Annual report on the mental hospital in the Central Provinces and Berar (Nagpur) - 1927-1951
Year: 1927
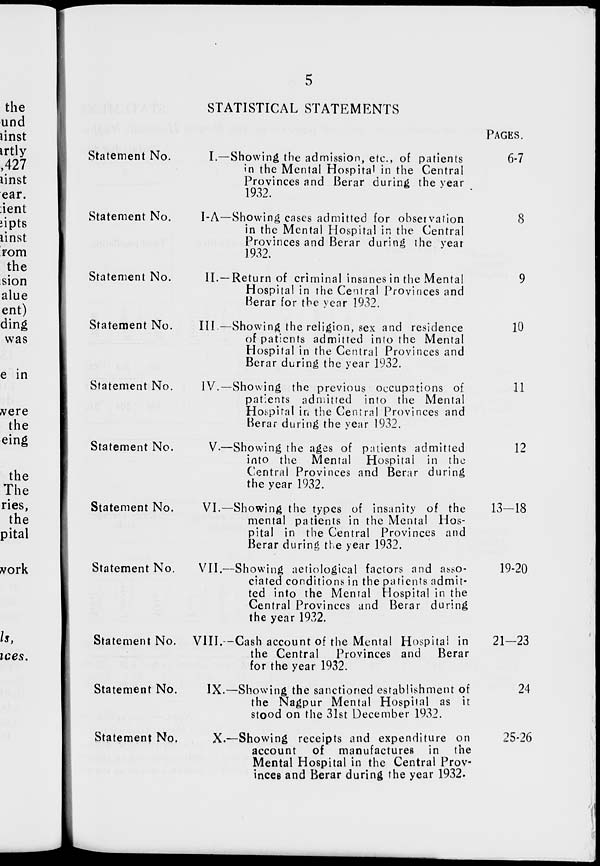
5
STATISTICAL STATEMENTS
Statement No.
Statement No.
Statement No.
Statement No.
Statement No.
Statement No.
Statement No.
Statement No.
Statement No.
Statement No.
Statement No.
I.—Showing the admission, etc., of patients
in the Mental Hospital in the Central
Provinces and Berar during the year
1932.
I-A—Showing cases admitted for observation
in the Mental Hospital in the Central
Provinces and Berar during the year
1932.
II.—Return of criminal insanes in the Mental
Hospital in the Central Provinces and
Berar for the year 1932.
III.—Showing the religion, sex and residence
of patients admitted into the Mental
Hospital in the Central Provinces and
Berar during the year 1932.
IV.—Showing the previous occupations of
patients admitted into the Mental
Hospital in the Central Provinces and
Berar during the year 1932.
V.—Showing the ages of patients admitted
into the Mental Hospital in the
Central Provinces and Berar during
the year 1932.
VI.—Showing the types of insanity of the
mental patients in the Mental Hos-
pital in the Central Provinces and
Berar during the year 1932.
VII.—Showing aetiological factors and asso-
ciated conditions in the patients admit-
ted into the Mental Hospital in the
Central Provinces and Berar during
the year 1932.
VIII.—Cash account of the Mental Hospital in
the Central
Provinces and
Berar
for the year 1932.
IX.—Showing the sanctioned establishment of
the Nagpur Mental Hospital as it
stood on the 31st December 1932.
X.—Showing receipts and expenditure on
account of manufactures in the
Mental Hospital in the Central Prov-
inces and Berar during the year 1932.
PAGES.
6-7
8
9
10
11
12
13-18
19-20
21-23
24
25-26